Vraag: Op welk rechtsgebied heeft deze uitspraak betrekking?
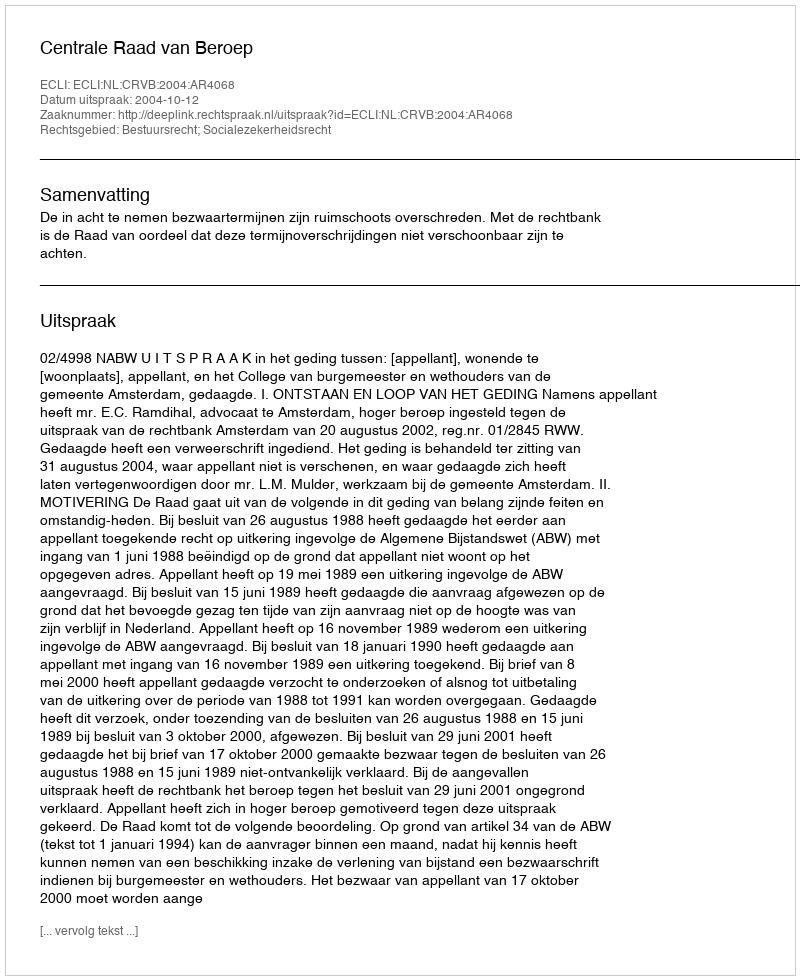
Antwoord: Bestuursrecht; Socialezekerheidsrecht